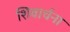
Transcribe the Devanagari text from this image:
शिवार्चना